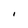
Character: I